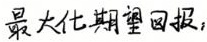
最大化期望回报，